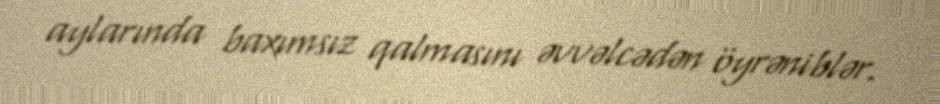
aylarında baxımsız qalmasını əvvəlcədən öyrəniblər.